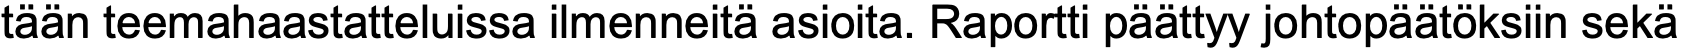
tään teemahaastatteluissa ilmenneitä asioita. Raportti päättyy johtopäätöksiin sekä